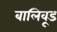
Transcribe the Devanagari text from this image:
बालिवूड